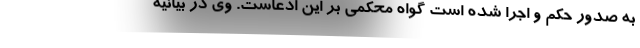
به صدور حکم و اجرا شده است گواه محکمی بر این ادعاست. وی در بیانیه